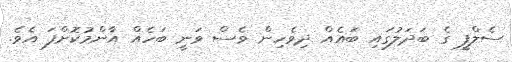
ސެލްފީ ގެ ބަދަލުގައި ބައެއް ދިވެހިން ވެސް ވަނީ ބަހެއް އާންމުކޮށްފަ އެވެ.